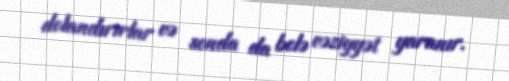
dolandırırlar və sonda da belə vəziyyət yaranır.